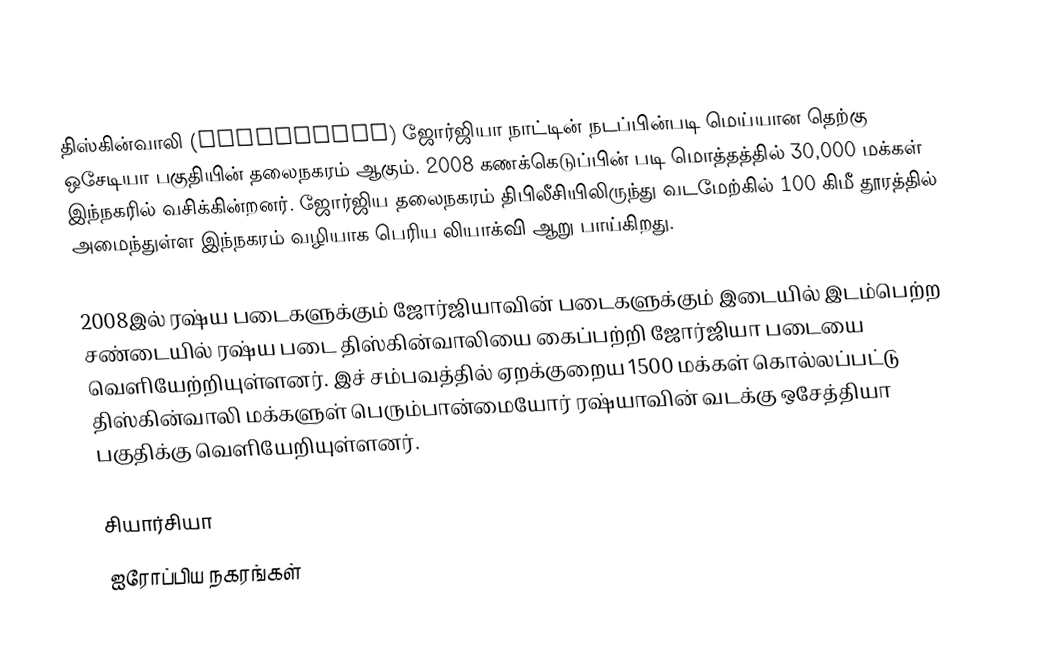
திஸ்கின்வாலி (Tskhinvali) ஜோர்ஜியா நாட்டின் நடப்பின்படி மெய்யான தெற்கு ஒசேடியா பகுதியின் தலைநகரம் ஆகும். 2008 கணக்கெடுப்பின் படி மொத்தத்தில் 30,000 மக்கள் இந்நகரில் வசிக்கின்றனர். ஜோர்ஜிய தலைநகரம் திபிலீசியிலிருந்து வடமேற்கில் 100 கிமீ தூரத்தில் அமைந்துள்ள இந்நகரம் வழியாக பெரிய லியாக்வி ஆறு பாய்கிறது.

2008இல் ரஷ்ய படைகளுக்கும் ஜோர்ஜியாவின் படைகளுக்கும் இடையில் இடம்பெற்ற சண்டையில் ரஷ்ய படை திஸ்கின்வாலியை கைப்பற்றி ஜோர்ஜியா படையை வெளியேற்றியுள்ளனர். இச் சம்பவத்தில் ஏறக்குறைய 1500 மக்கள் கொல்லப்பட்டு திஸ்கின்வாலி மக்களுள் பெரும்பான்மையோர் ரஷ்யாவின் வடக்கு ஒசேத்தியா பகுதிக்கு வெளியேறியுள்ளனர்.

சியார்சியா
ஐரோப்பிய நகரங்கள்